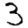
Digit: 3